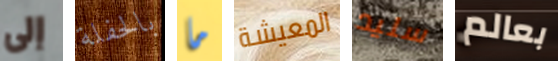
إلى بالحفلة ما المعيشة سليد بعالم